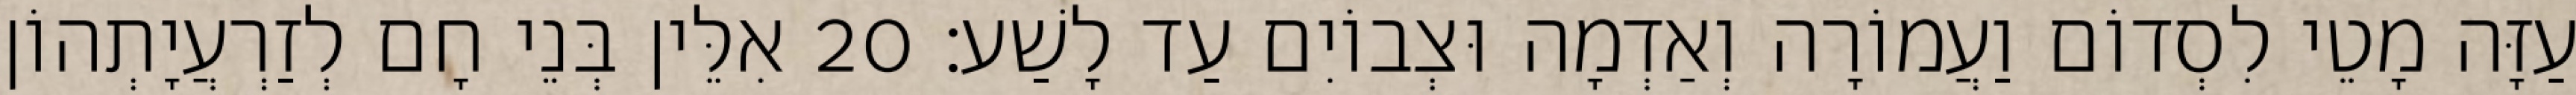
עַזָּה מָטֵי לִסְדוֹם וַעֲמוֹרָה וְאַדְמָה וּצְבוֹיִם עַד לָשַׁע׃ 20 אִלֵּין בְּנֵי חָם לְזַרְעֲיָתְהוֹן